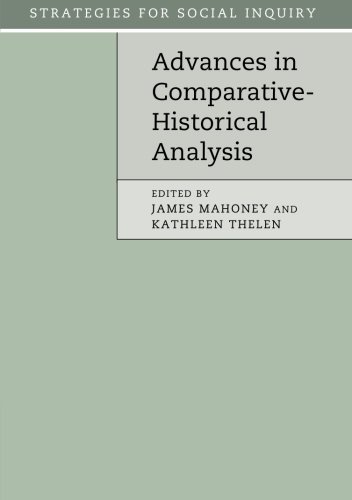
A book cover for Advances in Comparative-Historical Analysis (Strategies for Social Inquiry); Politics & Social Sciences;